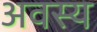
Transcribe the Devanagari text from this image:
अवस्य